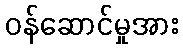
ဝန်ဆောင်မှုအား